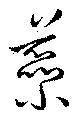
蘂